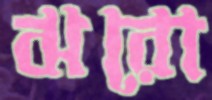
ঝরো